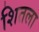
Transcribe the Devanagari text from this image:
शितला